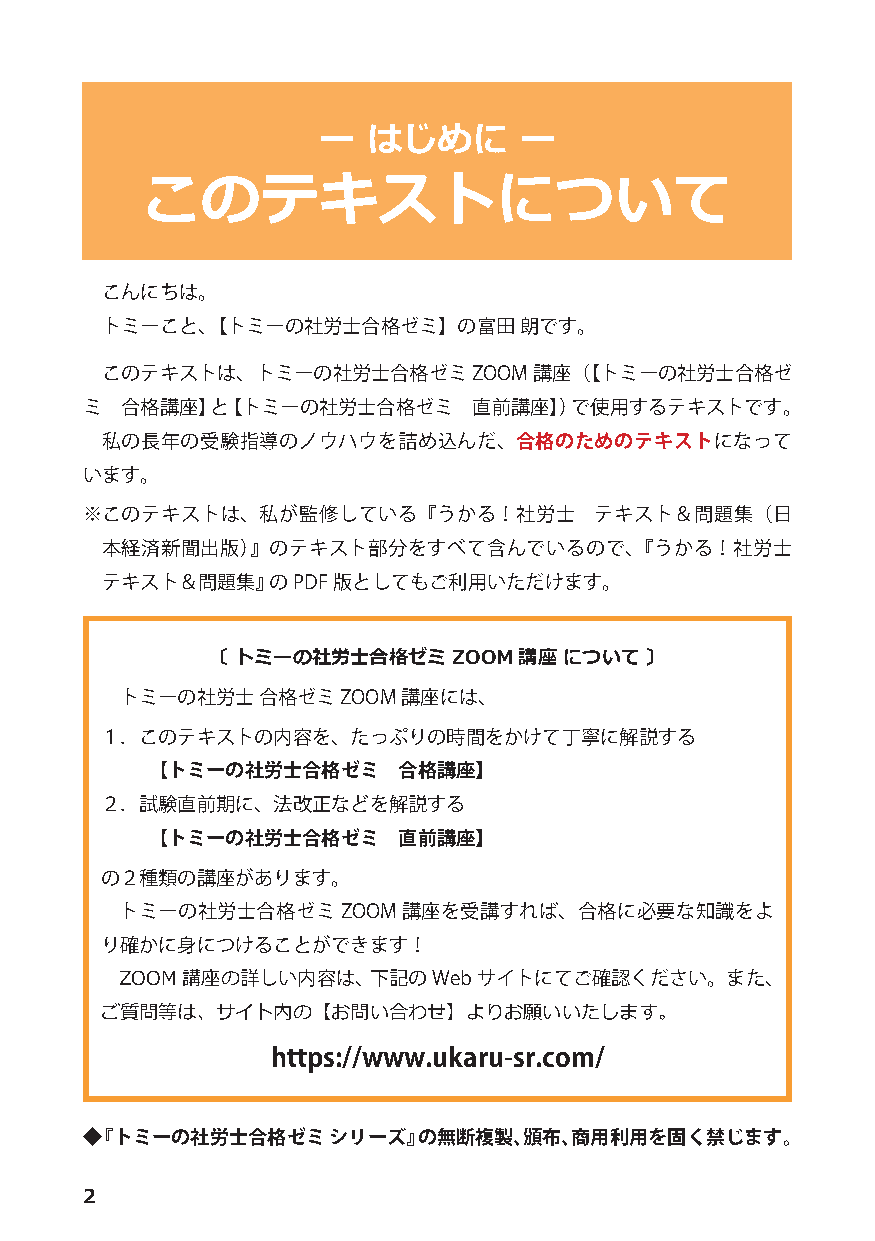
ー  はじめに      ー
 このテキストについて
 こんにちは。
 トミーこと、【トミーの社労士合格ゼミ】の富田     朗です。
 このテキストは、トミーの社労士合格ゼミ     ZOOM講座（【トミーの社労士合格ゼ
 ミ  合格講座】と【トミーの社労士合格ゼミ     直前講座】）で使用するテキストです。
 私の長年の受験指導のノウハウを詰め込んだ、合格のためのテキストになって
 います。
 ※このテキストは、私が監修している『うかる！社労士         テキスト＆問題集（日
 本経済新聞出版）』のテキスト部分をすべて含んでいるので、『うかる！社労士
 テキスト＆問題集』  のPDF版としてもご利用いただけます。
 〔 トミーの社労士合格ゼミ   ZOOM講座 について  〕
 トミーの社労士  合格ゼミ ZOOM講座には、
 １．このテキストの内容を、たっぷりの時間をかけて丁寧に解説する
 【トミーの社労士合格ゼミ    合格講座】
 ２．試験直前期に、法改正などを解説する
 【トミーの社労士合格ゼミ    直前講座】
 の２種類の講座があります。
 トミーの社労士合格ゼミ    ZOOM講座を受講すれば、合格に必要な知識をよ
 り確かに身につけることができます！
 ZOOM講座の詳しい内容は、下記のWebサイトにてご確認ください。また、
 ご質問等は、サイト内の【お問い合わせ】よりお願いいたします。
 https://www.ukaru-sr.com/
 ◆『トミーの社労士合格ゼミ    シリーズ』の無断複製、頒布、商用利用を固く禁じます。
 2